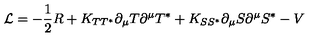
{ \cal { L } } = - \frac { 1 } { 2 } R + K _ { T T ^ { * } } \partial _ { \mu } T \partial ^ { \mu } T ^ { * } + K _ { S S ^ { * } } \partial _ { \mu } S \partial ^ { \mu } S ^ { * } - V